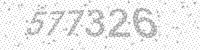
Solution: 577326